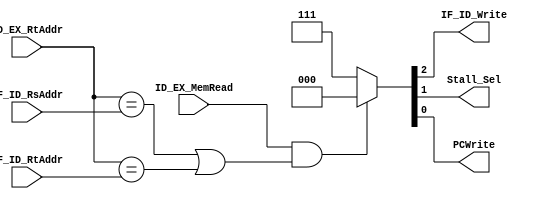
module HazardDetection(
    //output
    output reg IF_ID_Write = 1'b1,
    output reg Stall_Sel = 1'b1,
    output reg PCWrite = 1'b1,
    //input
    input [4:0] ID_EX_RtAddr,
    input [4:0] IF_ID_RsAddr,
    input [4:0] IF_ID_RtAddr,
    input ID_EX_MemRead
);
    always@(*)begin
        if (ID_EX_MemRead && ((ID_EX_RtAddr == IF_ID_RsAddr) || (ID_EX_RtAddr == IF_ID_RtAddr)))begin
            {IF_ID_Write, Stall_Sel, PCWrite} = 3'd0;
        end
        else {IF_ID_Write, Stall_Sel, PCWrite} = 3'b111;
    end
endmodule